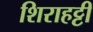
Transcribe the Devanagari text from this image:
शिराहट्टी